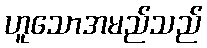
ဟူသောအမည်သည်